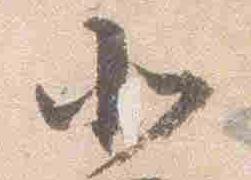
北